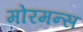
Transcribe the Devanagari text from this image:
मोरमन्स